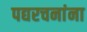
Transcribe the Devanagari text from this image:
पद्यरचनांना